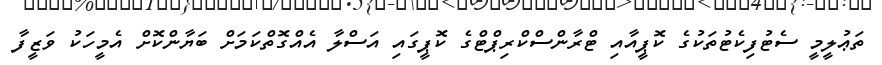
ތަޢުލީމީ ސެޓުފިކެޓުތަކުގެ ކޮޕީއާއި ޓްރާންސްކްރިޕްޓްގެ ކޮޕީގައި އަސްލާ އެއްގޮތްކަމަށް ބަޔާންކޮށް އެމީހަކު ވަޒީފާ